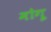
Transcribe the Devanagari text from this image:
मोगू